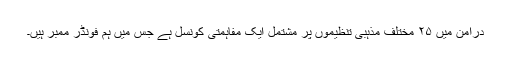
درامن میں ۲۵ مختلف مذہبی تنظیموں پر مشتمل ایک مفاہمتی کونسل ہے جس میں ہم فونڈر ممبر ہیں۔